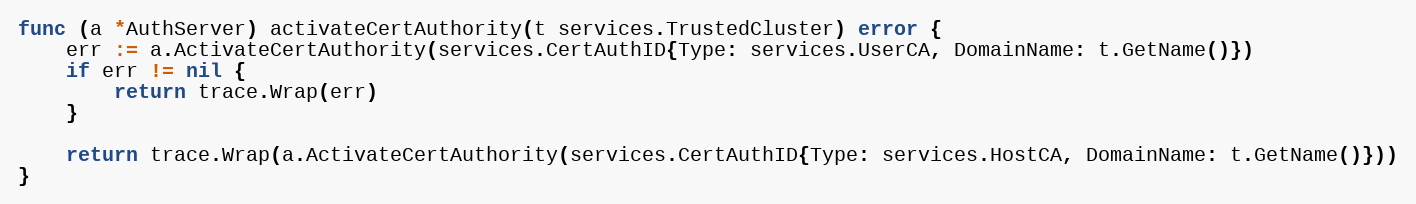
Language: Go
func (a *AuthServer) activateCertAuthority(t services.TrustedCluster) error {
	err := a.ActivateCertAuthority(services.CertAuthID{Type: services.UserCA, DomainName: t.GetName()})
	if err != nil {
		return trace.Wrap(err)
	}

	return trace.Wrap(a.ActivateCertAuthority(services.CertAuthID{Type: services.HostCA, DomainName: t.GetName()}))
}